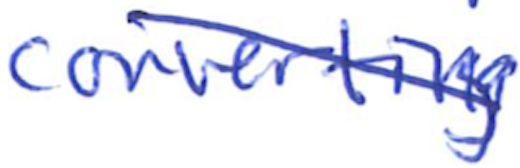
Text: converting
Cross-out: diagonal
Writing tool: ballpoint